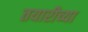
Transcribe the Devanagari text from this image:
तयारीच्या